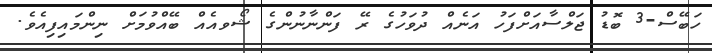
ހަބޭސް-3 ބޮޑު ޖަލްސާއަށްފަހު އަނެއް ދުވަހުގެ ރޭ ފަންނާނުންގެ ޝޯވއެއް ބޭއްވުމަށް ނިންމައިފިއެވެ.